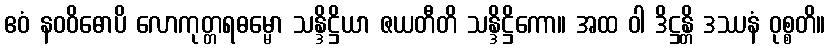
ဧဝံ နဝဝိဓောပိ လောကုတ္တရဓမ္မော သန္ဒိဋ္ဌိယာ ဇယတီတိ သန္ဒိဋ္ဌိကော။ အထ ဝါ ဒိဋ္ဌန္တိ ဒဿနံ ဝုစ္စတိ။